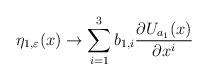
LaTeX: \begin{align*}\eta_{1,\varepsilon}(x)\rightarrow\sum_{i=1}^3 b_{1,i}\frac{\partial U_{a_1}(x)}{\partial x^i}\end{align*}